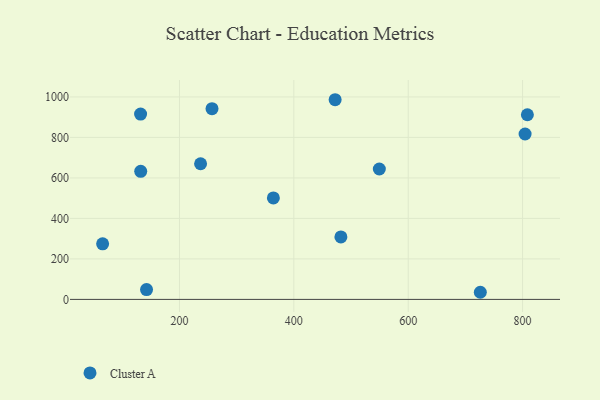
{"axis": {"x": "Investment", "y": "Exam Score"}, "legend": ["Cluster A"], "data": [{"x": "808.4", "y": 912.0, "type": "Cluster A"}, {"x": "726.1", "y": 35.2, "type": "Cluster A"}, {"x": "65.6", "y": 274.5, "type": "Cluster A"}, {"x": "549.5", "y": 644.0, "type": "Cluster A"}, {"x": "364.2", "y": 500.9, "type": "Cluster A"}, {"x": "236.9", "y": 669.9, "type": "Cluster A"}, {"x": "132.0", "y": 915.4, "type": "Cluster A"}, {"x": "472.2", "y": 986.1, "type": "Cluster A"}, {"x": "256.9", "y": 942.0, "type": "Cluster A"}, {"x": "482.3", "y": 308.7, "type": "Cluster A"}, {"x": "804.4", "y": 816.8, "type": "Cluster A"}, {"x": "142.4", "y": 48.7, "type": "Cluster A"}, {"x": "132.2", "y": 632.5, "type": "Cluster A"}]}